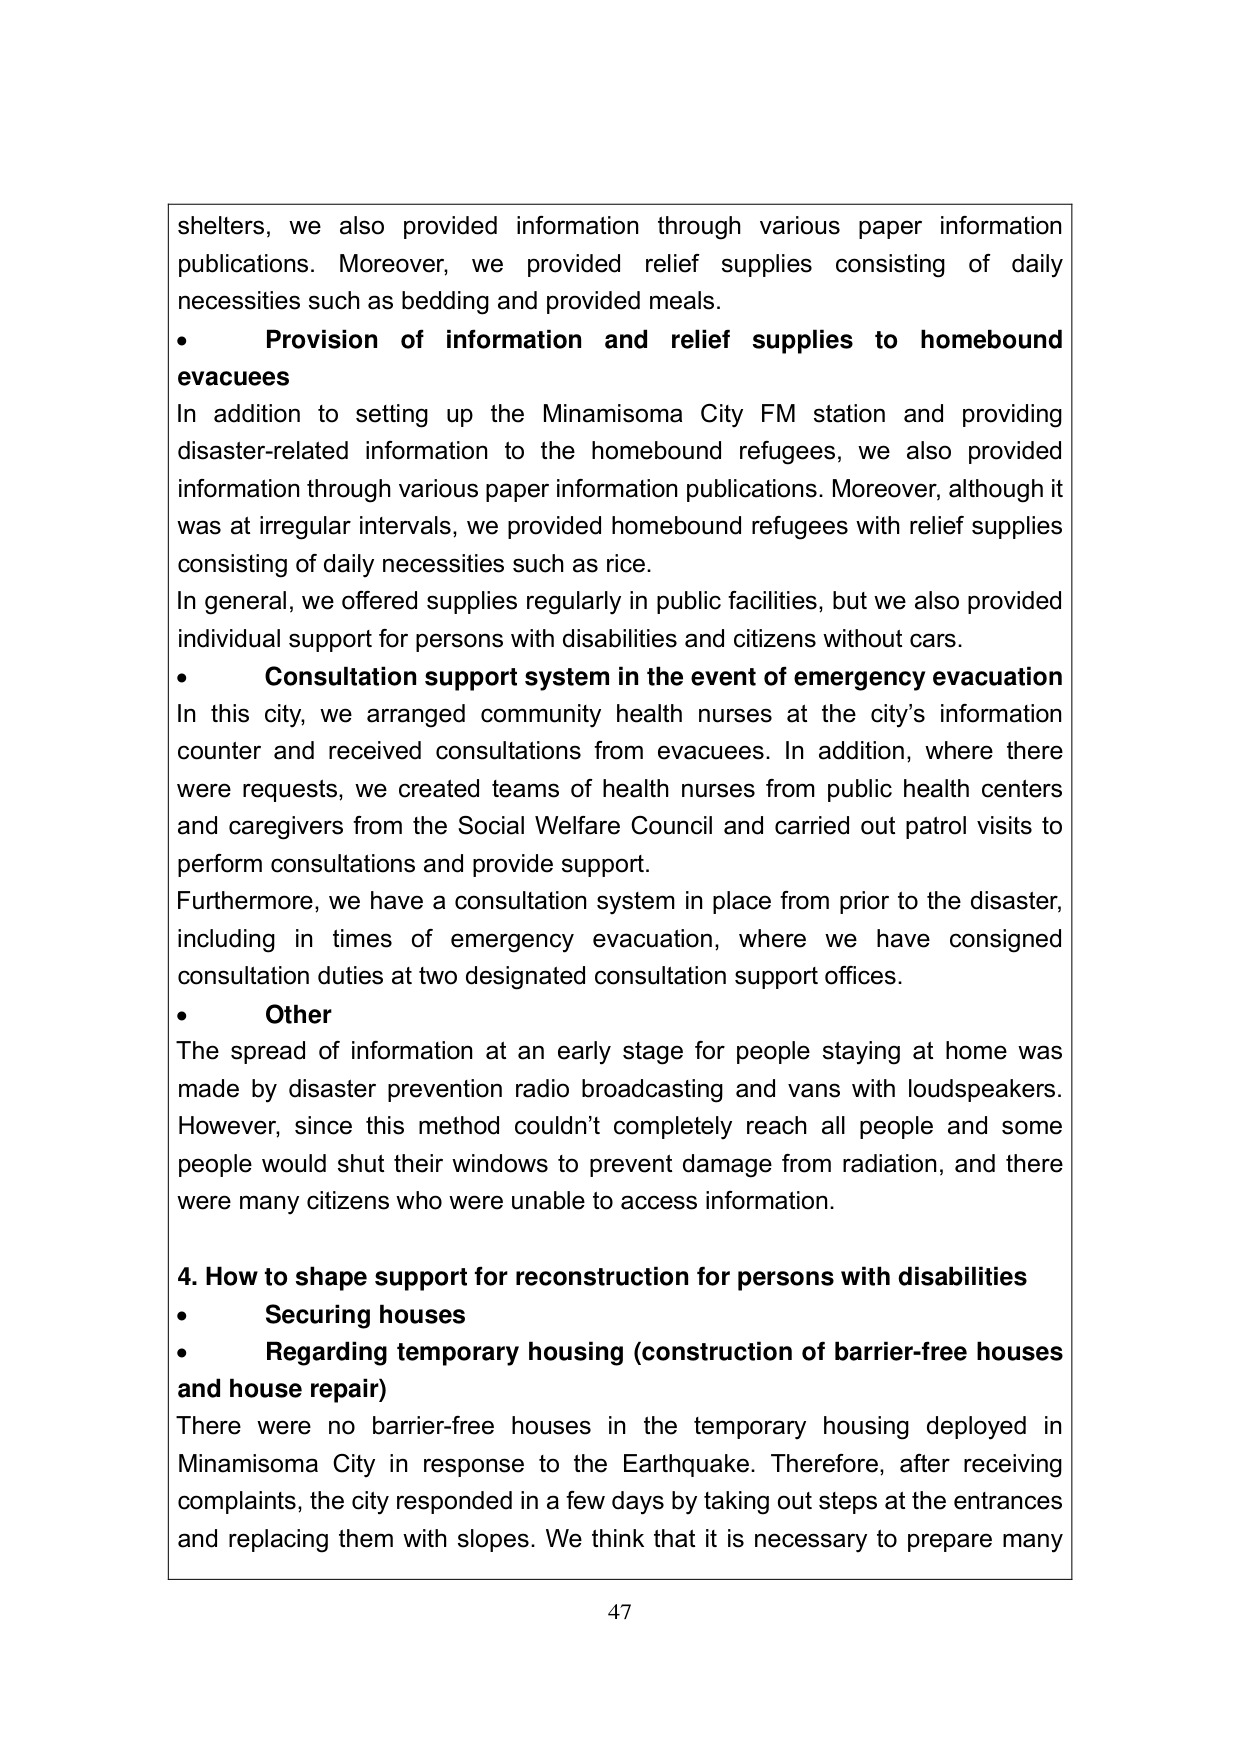
shelters, we also provided information through various paper information publications. Moreover, we provided relief supplies consisting of daily necessities such as bedding and provided meals.

• Provision of information and relief supplies to homebound evacuees
In addition to setting up the Minamisoma City FM station and providing disaster-related information to the homebound refugees, we also provided information through various paper information publications. Moreover, although it was at irregular intervals, we provided homebound refugees with relief supplies consisting of daily necessities such as rice.
In general, we offered supplies regularly in public facilities, but we also provided individual support for persons with disabilities and citizens without cars.

• Consultation support system in the event of emergency evacuation
In this city, we arranged community health nurses at the city's information counter and received consultations from evacuees. In addition, where there were requests, we created teams of health nurses from public health centers and caregivers from the Social Welfare Council and carried out patrol visits to perform consultations and provide support.
Furthermore, we have a consultation system in place from prior to the disaster, including in times of emergency evacuation, where we have consigned consultation duties at two designated consultation support offices.

• Other
The spread of information at an early stage for people staying at home was made by disaster prevention radio broadcasting and vans with loudspeakers. However, since this method couldn't completely reach all people and some people would shut their windows to prevent damage from radiation, and there were many citizens who were unable to access information.

4. How to shape support for reconstruction for persons with disabilities
• Securing houses
• Regarding temporary housing (construction of barrier-free houses and house repair)
There were no barrier-free houses in the temporary housing deployed in Minamisoma City in response to the Earthquake. Therefore, after receiving complaints, the city responded in a few days by taking out steps at the entrances and replacing them with slopes. We think that it is necessary to prepare many

47